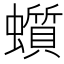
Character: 𧓳